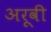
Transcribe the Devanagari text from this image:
अरूवी